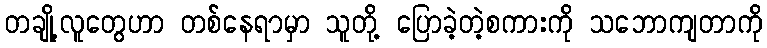
တချို့လူတွေဟာ တစ်နေရာမှာ သူတို့ ပြောခဲ့တဲ့စကားကို သဘောကျတာကို